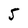
Character: 5